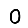
Digit: 0